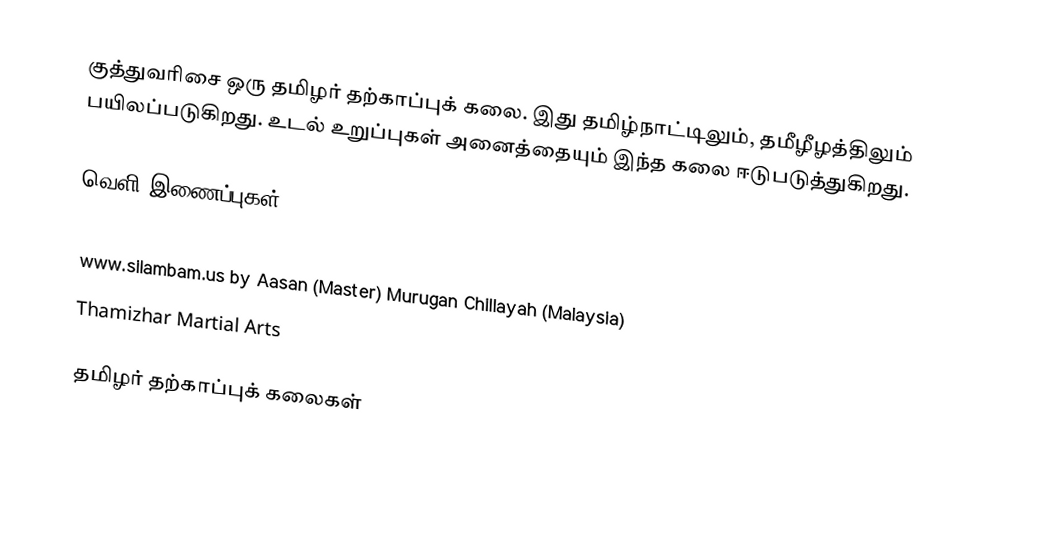
குத்துவரிசை ஒரு தமிழர் தற்காப்புக் கலை.  இது தமிழ்நாட்டிலும், தமீழீழத்திலும் பயிலப்படுகிறது.  உடல் உறுப்புகள் அனைத்தையும் இந்த கலை ஈடுபடுத்துகிறது.

வெளி இணைப்புகள்
Kutthu Varesai By Mahesh Kumar
 www.silambam.us by Aasan (Master) Murugan Chillayah (Malaysia)
Thamizhar Martial Arts

தமிழர் தற்காப்புக் கலைகள்